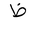
Letter: _za